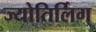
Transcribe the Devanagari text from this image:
ज्योतिर्लिग्